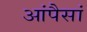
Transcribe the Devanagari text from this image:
आंपैसां